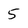
Character: 5